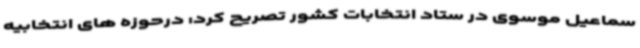
سماعیل موسوی در ستاد انتخابات کشور تصریح کرد: درحوزه های انتخابیه